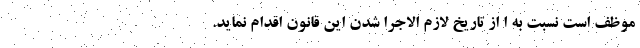
موظف است نسبت به ا از تاریخ لازم الاجرا شدن این قانون اقدام نماید.